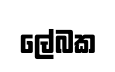
ලේබක